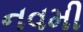
નવમી